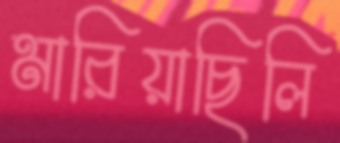
মারিয়াছিলি